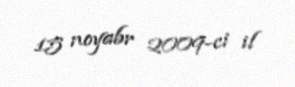
15 noyabr 2009-ci il